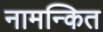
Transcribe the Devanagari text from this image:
नामन्कित